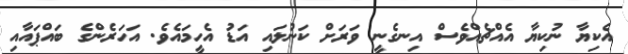
އެކިޔާ ނުކިޔާ އެއްޗެއްވެސް އިނގެނީ ވަރަށް ކަނުލައި އަޑު އެހީމައެވެ. އަހަރެންގެ ބައްޕައާއި